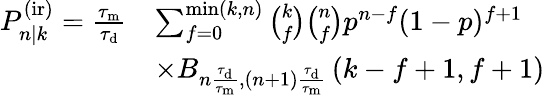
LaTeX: \begin{array}{rl}{P_{n|k}^{\mathrm{(ir)}}=\frac{\tau_{\mathrm{m}}}{\tau_{\mathrm{d}}}}&{\sum_{f=0}^{\operatorname*{min}(k,n)}\binom{k}{f}\binom{n}{f}p^{n-f}(1-p)^{f+1}}\\ &{\times B_{n\frac{\tau_{\mathrm{d}}}{\tau_{\mathrm{m}}},(n+1)\frac{\tau_{\mathrm{d}}}{\tau_{\mathrm{m}}}}\left(k-f+1,f+1\right)}\end{array}